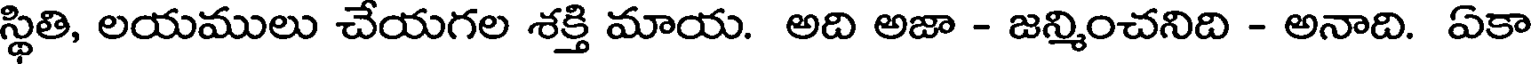
స్థితి, లయములు చేయగల శక్తి మాయ. అది అజా - జన్మించనిది - అనాది. ఏకా